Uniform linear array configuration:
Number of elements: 48
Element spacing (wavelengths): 0.5
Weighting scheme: blackman
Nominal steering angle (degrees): -45
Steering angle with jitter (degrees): -46.316
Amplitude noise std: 0.05
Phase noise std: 0.05

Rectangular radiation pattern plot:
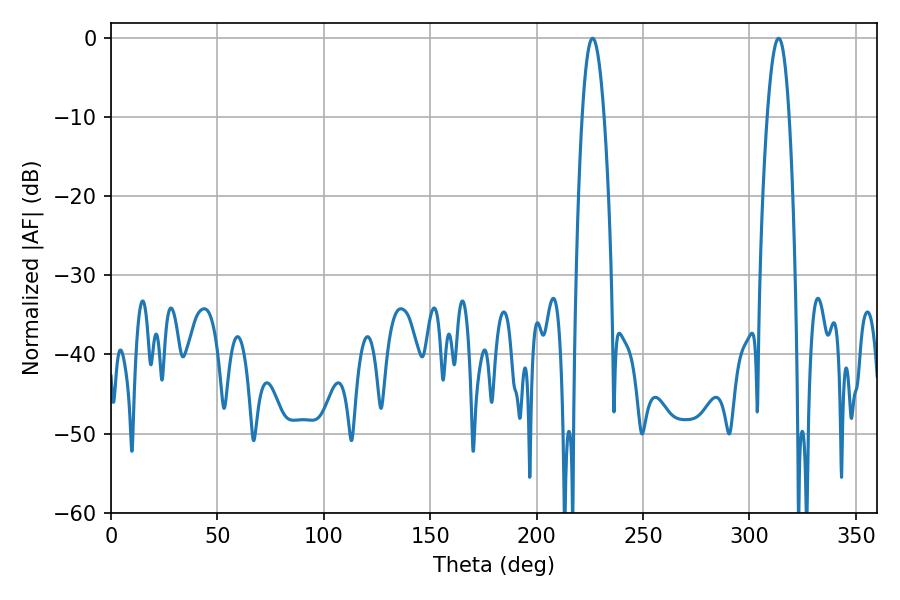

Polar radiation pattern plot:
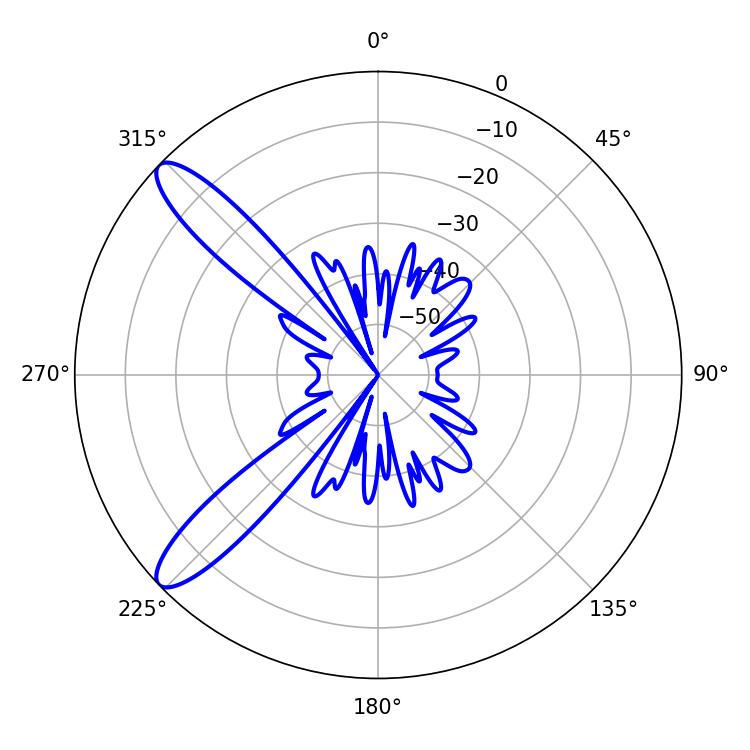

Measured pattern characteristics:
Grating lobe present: FALSE
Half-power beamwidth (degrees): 5.58
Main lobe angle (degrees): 313.74